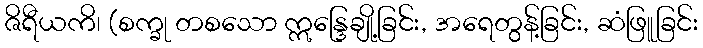
ဇိရီယကိ၊ (စက္ခု တစသော ဣန္ဒြေချို့ခြင်း, အရေတွန့်ခြင်း, ဆံဖြူခြင်း